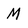
Character: M